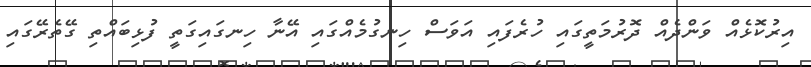
އިރުކޮޅެއް ވަންދެއް ދޮރުމަތީގައި ހުރެފައި އަވަސް ހިނގުމެއްގައި އޭނާ ހިނގައިގަތީ ފުޅިބައްތި ގޭތެރޭގައި